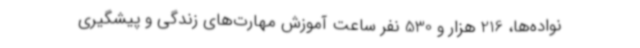
نواده‌ها، 216 هزار و 530 نفر ساعت آموزش مهارت‌های زندگی و پیشگیری